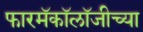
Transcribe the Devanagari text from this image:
फारमॅकॉलॉजीच्या